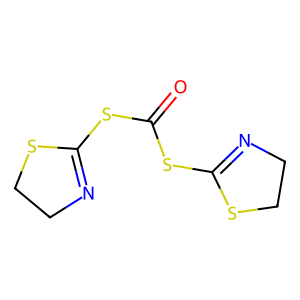
SMILES: O=C(SC1=NCCS1)SC1=NCCS1
Inhibits HIV replication: No